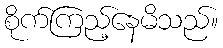
စိုက်ကြည့်နေမိသည်။